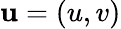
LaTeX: \mathbf{u}=\left(u,v\right)